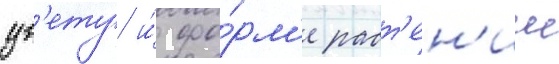
цв'ету и́ фо́рм'е раст'ен'ии